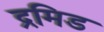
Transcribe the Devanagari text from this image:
द्रमिड